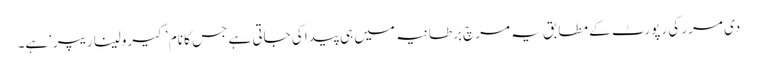
دی مرر کی رپورٹ کے مطابق یہ مرچ برطانیہ میں ہی پیدا کی جاتی ہے جس کا نام ’کیرولینا ریپر‘ہے۔